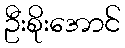
ဦးစိုးအောင်